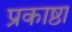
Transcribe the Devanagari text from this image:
प्रकाष्ठा